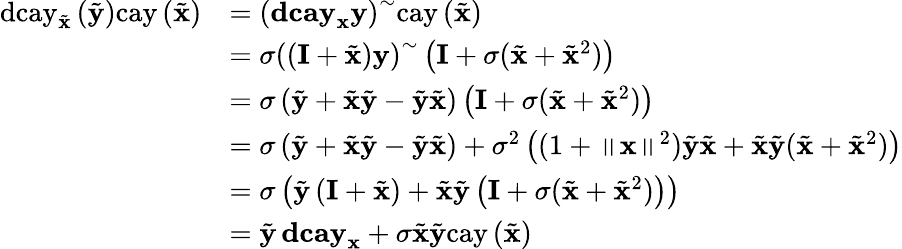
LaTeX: \begin{array}{rl}{\mathrm{dcay}_{\tilde{\mathbf{x}}}\left(\tilde{\mathbf{y}}\right)\mathrm{cay}\left(\tilde{\mathbf{x}}\right)}&{=\left(\mathbf{dcay}_{\mathbf{x}}\mathbf{y}\right)^{\sim}\mathrm{cay}\left(\tilde{\mathbf{x}}\right)}\\ &{=\sigma\left(\left(\mathbf{I}+\tilde{\mathbf{x}}\right)\mathbf{y}\right)^{\sim}\left(\mathbf{I}+\sigma(\tilde{\mathbf{x}}+\tilde{\mathbf{x}}^{2})\right)}\\ &{=\sigma\left(\tilde{\mathbf{y}}+\tilde{\mathbf{x}}\tilde{\mathbf{y}}-\tilde{\mathbf{y}}\tilde{\mathbf{x}}\right)\left(\mathbf{I}+\sigma(\tilde{\mathbf{x}}+\tilde{\mathbf{x}}^{2})\right)}\\ &{=\sigma\left(\tilde{\mathbf{y}}+\tilde{\mathbf{x}}\tilde{\mathbf{y}}-\tilde{\mathbf{y}}\tilde{\mathbf{x}}\right)+\sigma^{2}\left((1+\left\Vert\mathbf{x}\right\Vert^{2})\tilde{\mathbf{y}}\tilde{\mathbf{x}}+\tilde{\mathbf{x}}\tilde{\mathbf{y}}(\tilde{\mathbf{x}}+\tilde{\mathbf{x}}^{2})\right)}\\ &{=\sigma\left(\tilde{\mathbf{y}}\left(\mathbf{I}+\tilde{\mathbf{x}}\right)+\tilde{\mathbf{x}}\tilde{\mathbf{y}}\left(\mathbf{I}+\sigma(\tilde{\mathbf{x}}+\tilde{\mathbf{x}}^{2})\right)\right)}\\ &{=\tilde{\mathbf{y}}\, \mathbf{dcay}_{\mathbf{x}}+\sigma\tilde{\mathbf{x}}\tilde{\mathbf{y}}\mathrm{cay}\left(\tilde{\mathbf{x}}\right)}\end{array}